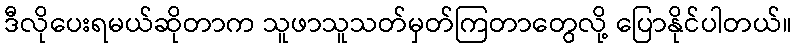
ဒီလိုပေးရမယ်ဆိုတာက သူဖာသူသတ်မှတ်ကြတာတွေလို့ ပြောနိုင်ပါတယ်။